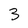
Character: 3